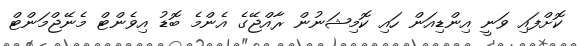
ކޮށްފައި ވަނީ އިންޑިއަން ހައި ކޮމިޝަނުން ރާއްޖޭގެ އެންމެ ބޮޑު އިވެންޓް މެނޭޖްމަންޓް